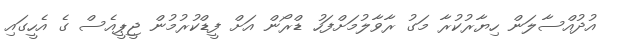
އުދުއްސާލަން ހިޔާރުކުރާ މަގު ރާވާލުމަށްފަހު ޑްރޯން އަށް ފީޑްކުރުމުން ޖީޕީއެސް ގެ އެހީގައި